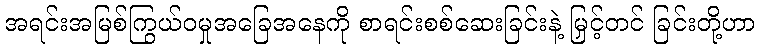
အရင်းအမြစ်ကြွယ်ဝမှုအခြေအနေကို စာရင်းစစ်ဆေးခြင်းနဲ့ မြှင့်တင် ခြင်းတို့ဟာ